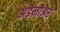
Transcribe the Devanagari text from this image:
अड़ेनौअर